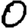
Digit: 0